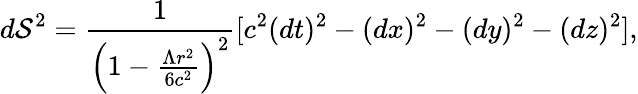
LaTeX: d\mathcal S^{2}=\frac{1}{\left(1-\frac{{\Lambda}r^{2}}{6c^{2}}\right)^{2}}[c^{2}(dt)^{2}-(dx)^{2}-(dy)^{2}-(dz)^{2}],